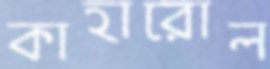
কাহারোল